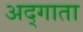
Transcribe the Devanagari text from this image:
अद्गाता